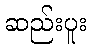
ဆည်းပူး